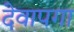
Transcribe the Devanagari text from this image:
देवापगा